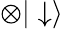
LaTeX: \otimes|\downarrow\rangle